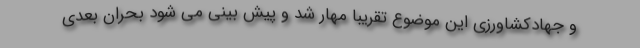
و جهادکشاورزی این موضوع تقریبا مهار شد و پیش بینی می شود بحران بعدی